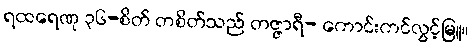
ရထရေဏု ၃၆-စိတ် တစိတ်သည် တဇ္ဇာရီ- ကောင်းကင်လွင့်မြူ။